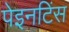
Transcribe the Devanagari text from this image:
पेइनटिंस